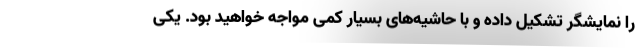
را نمایشگر تشکیل داده و با حاشیه‌های بسیار کمی مواجه خواهید بود. یکی